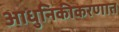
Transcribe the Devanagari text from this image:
आधुनिकीकरणात